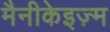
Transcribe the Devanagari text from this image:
मैनीकेइज़्म